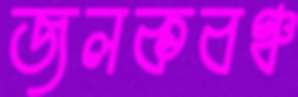
জলকবঞ্চ